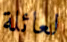
لعائلة